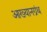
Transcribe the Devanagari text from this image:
आख्यानग्रंथ